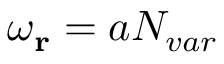
\omega _ { \mathbf { r } } = a \ensuremath { N _ { v a r } }